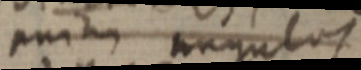
pnim angulos